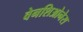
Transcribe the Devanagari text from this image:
वेनशिओनेस